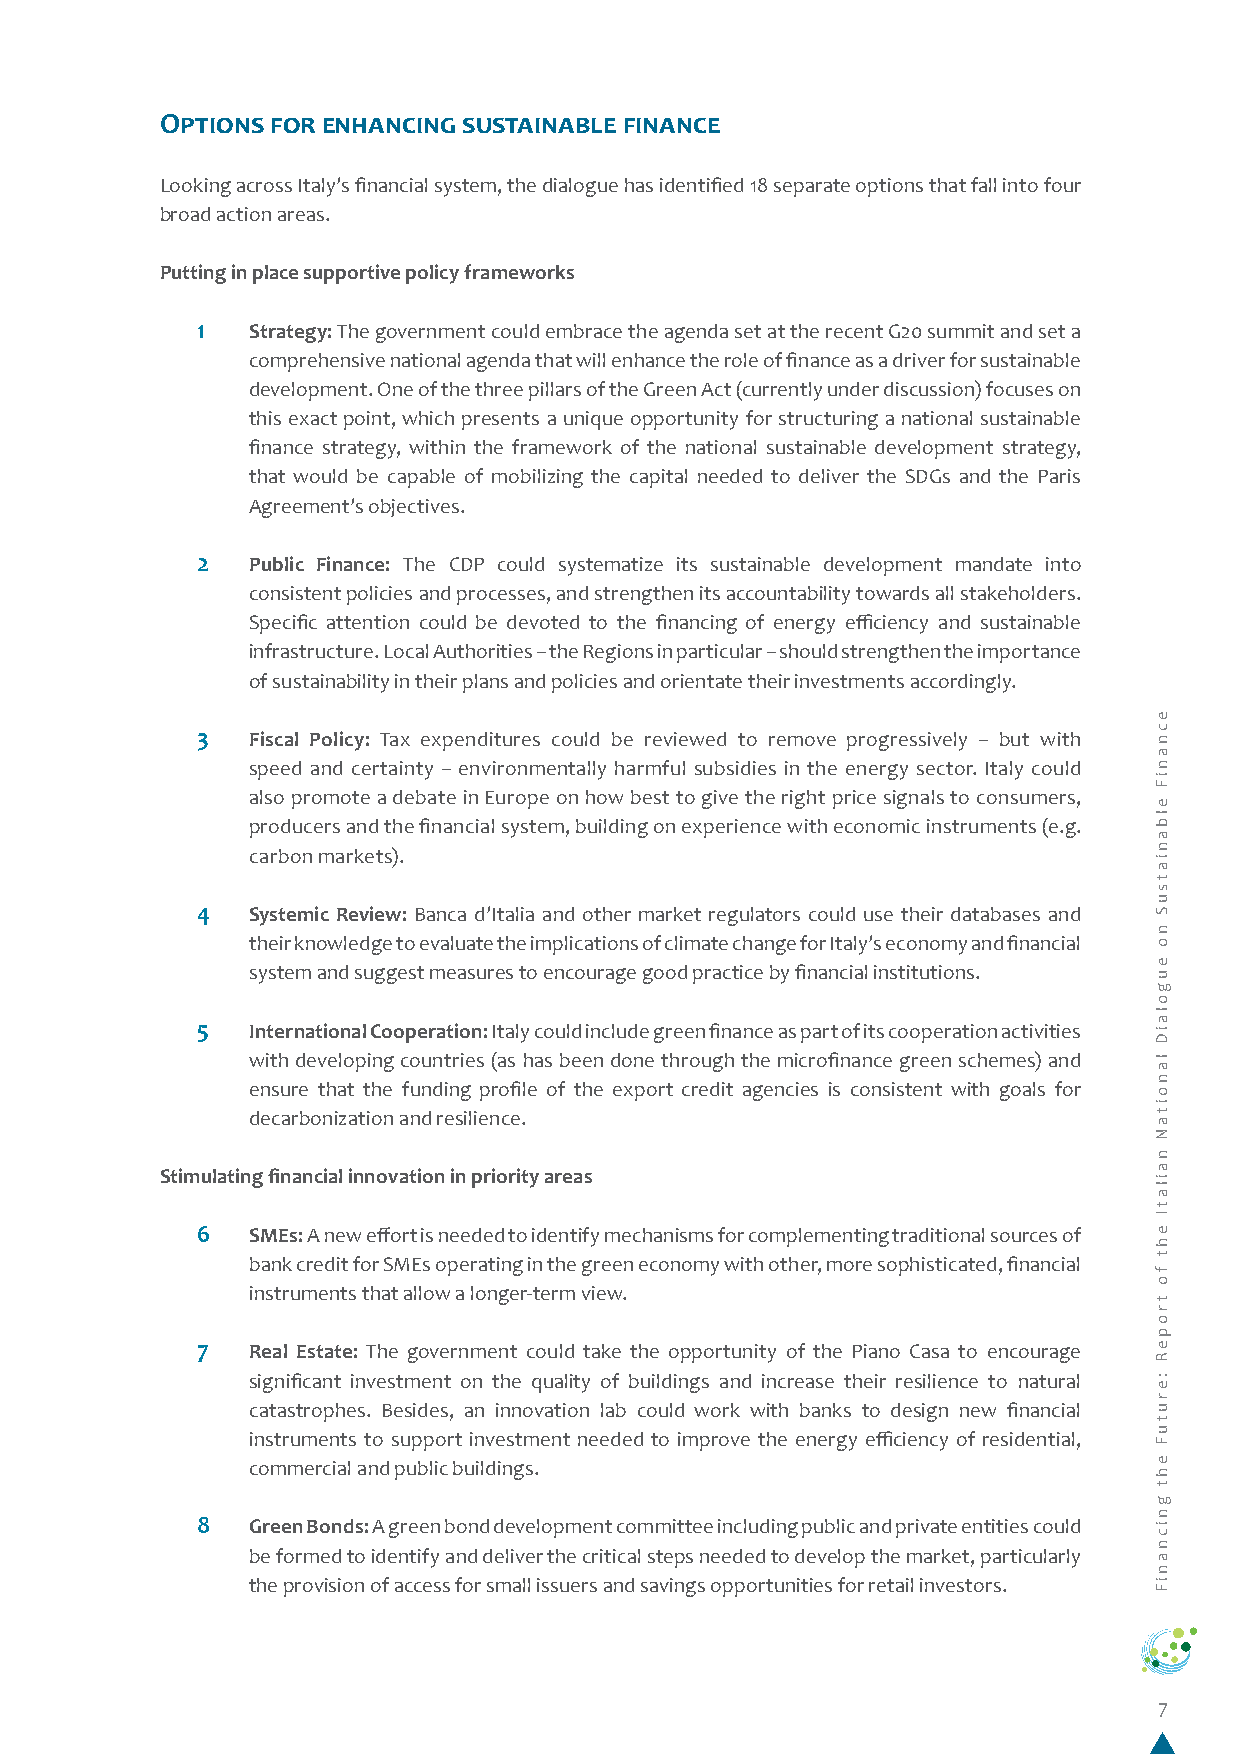
Options for enhancing sustainable finance
 Looking across Italy’s financial system, the dialogue has identified 18 separate options that fall into four
 broad action areas.
 Putting in place supportive policy frameworks
 1   Strategy: The government could embrace the agenda set at the recent G20 summit and set a
 comprehensive national agenda that will enhance the role of finance as a driver for sustainable
 development. One of the three pillars of the Green Act (currently under discussion) focuses on
 this exact point, which presents a unique opportunity for structuring a national sustainable
 finance strategy, within the framework of the national sustainable development strategy,
 that would be capable of mobilizing the capital needed to deliver the SDGs and the Paris
 Agreement’s objectives.
 2  Public Finance: The CDP could systematize its sustainable development mandate into
 consistent policies and processes, and strengthen its accountability towards all stakeholders.
 Specific attention could be devoted to the financing of energy efficiency and sustainable
 infrastructure. Local Authorities – the Regions in particular – should strengthen the importance
 of sustainability in their plans and policies and orientate their investments accordingly.
 3  Fiscal Policy: Tax expenditures could be reviewed to remove progressively – but with
 speed and certainty – environmentally harmful subsidies in the energy sector. Italy could
 also promote a debate in Europe on how best to give the right price signals to consumers,
 producers and the financial system, building on experience with economic instruments (e.g.
 carbon markets).
 4  Systemic Review: Banca d’Italia and other market regulators could use their databases and
 their knowledge to evaluate the implications of climate change for Italy’s economy and financial
 system and suggest measures to encourage good practice by financial institutions.
 5  International Cooperation: Italy could include green finance as part of its cooperation activities
 with developing countries (as has been done through the microfinance green schemes) and
 ensure that the funding profile of the export credit agencies is consistent with goals for
 decarbonization and resilience.
 Stimulating financial innovation in priority areas
 6  SMEs: A new effort is needed to identify mechanisms for complementing traditional sources of
 bank credit for SMEs operating in the green economy with other, more sophisticated, financial
 instruments that allow a longer-term view.
 7  Real Estate: The government could take the opportunity of the Piano Casa to encourage
 significant investment on the quality of buildings and increase their resilience to natural
 catastrophes. Besides, an innovation lab could work with banks to design new financial
 instruments to support investment needed to improve the energy efficiency of residential,
 commercial and public buildings.
 8  Green Bonds: A green bond development committee including public and private entities could
 be formed to identify and deliver the critical steps needed to develop the market, particularly
 the provision of access for small issuers and savings opportunities for retail investors.
 7
 ecnaniF
 elbaniatsuS
 no
 eugolaiD
 lanoitaN
 nailatI
 eht
 fo
 tropeR
 :erutuF
 eht
 gnicnaniF